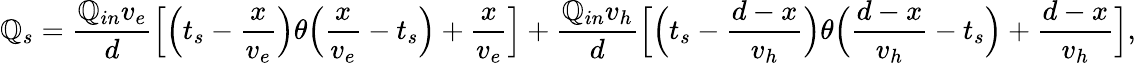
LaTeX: \mathbb{Q}_{s}=\frac{{\mathbb{Q}_{in}v_{e}}}{{d}}\Big[\Big(t_{s}-\frac{{x}}{{v_{e}}}\Big)\theta\Big(\frac{{x}}{{v_{e}}}-t_{s}\Big)+\frac{{x}}{{v_{e}}}\Big]+\frac{{\mathbb{Q}_{in}v_{h}}}{{d}}\Big[\Big(t_{s}-\frac{{d-x}}{{v_{h}}}\Big)\theta\Big(\frac{{d-x}}{{v_{h}}}-t_{s}\Big)+\frac{{d-x}}{{v_{h}}}\Big],